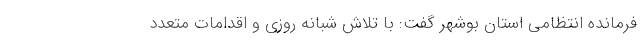
فرمانده انتظامی استان بوشهر گفت: با تلاش شبانه روزی و اقدامات متعدد